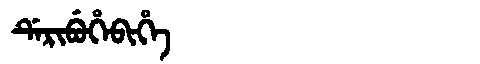
Manchu: ᡩᡝᡵᡳᠪᡠᡥᡝᠪᡳᡥᡝ
Romanization: DERIBUHEBIHE